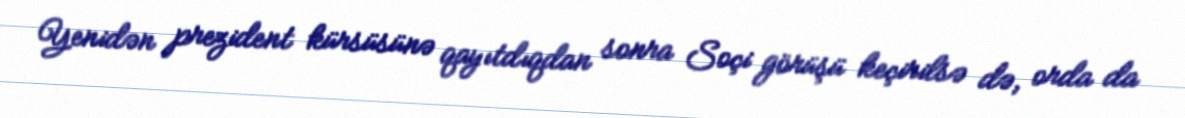
Yenidən prezident kürsüsünə qayıtdıqdan sonra Soçi görüşü keçirilsə də, orda da